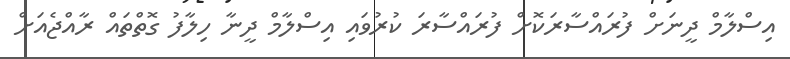
އިސްލާމް ދީނަށް ފުރައްސާރަކޮށް ފުރައްސާރަ ކުރުވައި އިސްލާމް ދީނާ ހިލާފު ގޮތްތައް ރާއްޖެއަށް